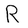
Character: R